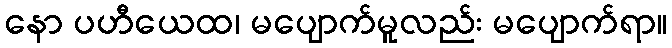
နော ပဟီယေထ၊ မပျောက်မူလည်း မပျောက်ရာ။